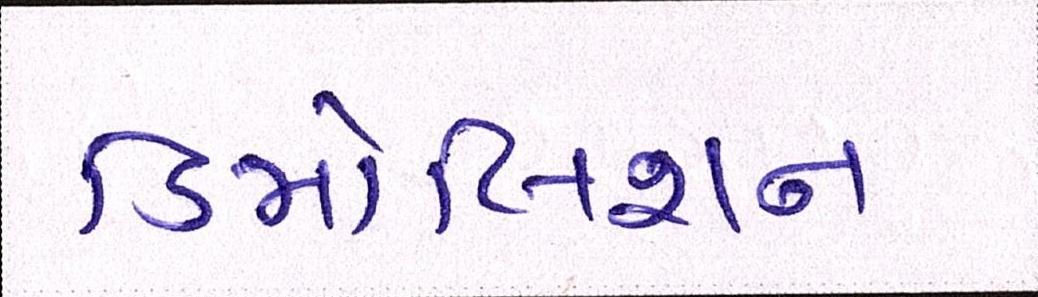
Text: ડિમોલિશન